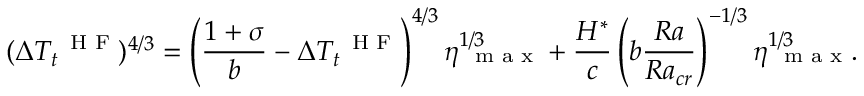
( \Delta T _ { t } ^ { \mathrm { ~ \scriptsize ~ H ~ F ~ } } ) ^ { 4 / 3 } = \left( \frac { 1 + \sigma } { b } - \Delta T _ { t } ^ { \mathrm { ~ \scriptsize ~ H ~ F ~ } } \right) ^ { 4 / 3 } \eta _ { \mathrm { ~ \scriptsize ~ m ~ a ~ x ~ } } ^ { 1 / 3 } + \frac { H ^ { * } } { c } \left( b \frac { R a } { R a _ { c r } } \right) ^ { - 1 / 3 } \eta _ { \mathrm { ~ \scriptsize ~ m ~ a ~ x ~ } } ^ { 1 / 3 } .